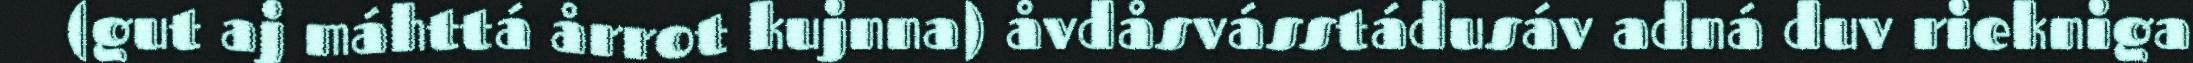
(gut aj máhttá årrot kujnna) åvdåsvásstádusáv adná duv riekniga